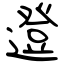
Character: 邆